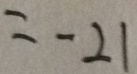
= - 2 1